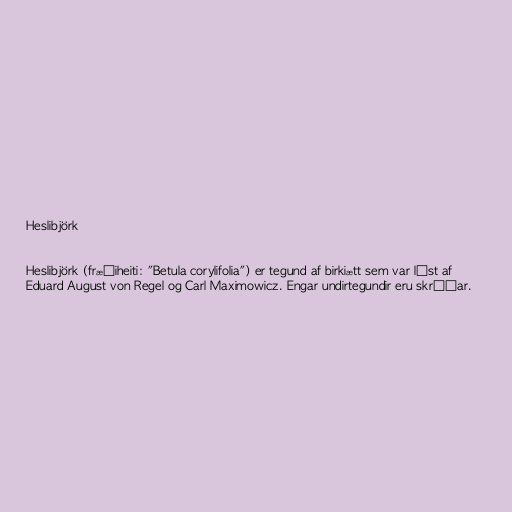
Heslibjörk

Heslibjörk (fræðiheiti: "Betula corylifolia") er tegund af birkiætt sem var lýst af
Eduard August von Regel og Carl Maximowicz. Engar undirtegundir eru skráðar.